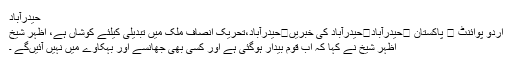
حیدرآباد
اُردو پوائنٹ ⬅ پاکستان ⬅حیدرآباد⬅حیدرآباد کی خبریں⬅حیدرآباد،تحریک انصاف ملک میں تبدیلی کیلئے کوشاں ہے، اظہر شیخ
اظہر شیخ نے کہا کہ اب قوم بیدار ہوگئی ہے اور کسی بھی جھانسے اور بہکاوے میں نہیں آئیںگے ۔